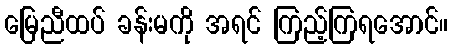
မြေညီထပ် ခန်းမကို အရင် ကြည့်ကြရအောင်။